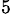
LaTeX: ^{5\, }